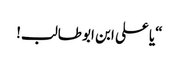
“یا علی ابن ابو طالب!